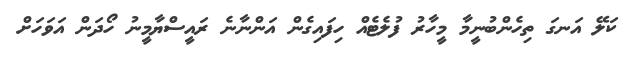
ކަލޭ އަނގަ ތިހެންބުނީމާ މީހާރު ފުލެޓެއް ހިފައިގެން އަންނާނެ ރައީސްޔާމީނު ހޯދަން އަވަހަށް